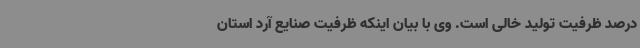
درصد ظرفیت تولید خالی است. وی با بیان اینکه ظرفیت صنایع آرد استان